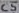
Text: C5